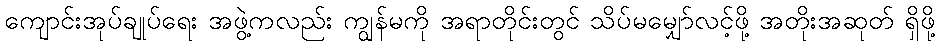
ကျောင်းအုပ်ချုပ်ရေး အဖွဲ့ကလည်း ကျွန်မကို အရာတိုင်းတွင် သိပ်မမျှော်လင့်ဖို့ အတိုးအဆုတ် ရှိဖို့